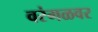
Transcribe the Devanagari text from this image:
वरंगळवर